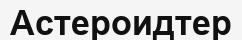
Астероидтер